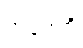
အဖေကို